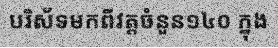
បរិស័ទមកពីវត្តចំនួន១៤០ ក្នុង